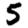
Digit: 5